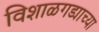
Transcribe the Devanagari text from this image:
विशाळगड्याच्या